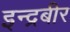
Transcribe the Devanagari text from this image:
इन्द्रबीर